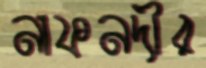
নাফনদীর